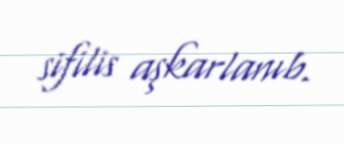
sifilis aşkarlanıb.